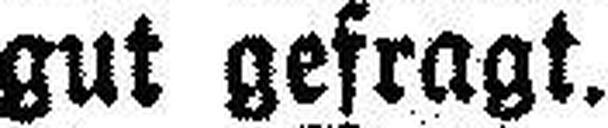
gut gefragt.